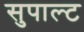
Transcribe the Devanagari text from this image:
सुपाल्ट